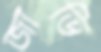
জাভি